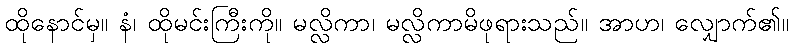
ထိုနောင်မှ။ နံ၊ ထိုမင်းကြီးကို။ မလ္လိကာ၊ မလ္လိကာမိဖုရားသည်။ အာဟ၊ လျှောက်၏။